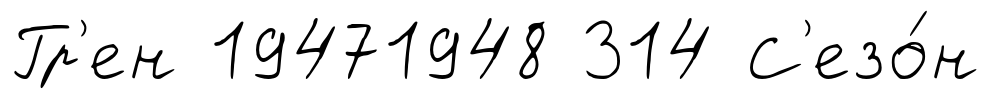
Гр'ен 19471948 314 С'езо́н